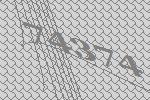
74374